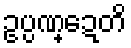
ဥပ္ပဏ္ဍေတိ